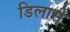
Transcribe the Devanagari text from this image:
डिलारी